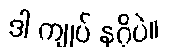
ဒါ ကျုပ် နဂိုပဲ။